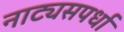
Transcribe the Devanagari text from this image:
नाट्यसपर्धा